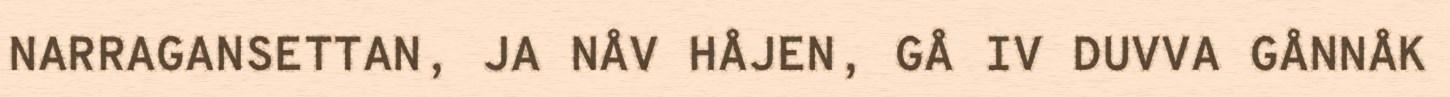
NARRAGANSETTAN, JA NÅV HÅJEN, GÅ IV DUVVA GÅNNÅK